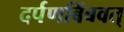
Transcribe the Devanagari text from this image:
दर्पणबिंबवत्